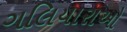
ગલિયારાઓ